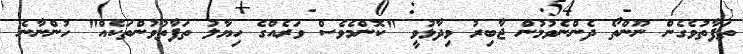
ތަފާތުވެގެން ނޫންތޯ ދެންނެވުމުން ޖާބިރު ވިދާޅުވީ "ކޮންމެވެސް ވަރެއްގެ ހިޔާލު ތަފާތުވުންތަކެއް" ހުންނާނެ